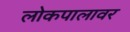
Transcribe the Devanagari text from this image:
लोकपालावर